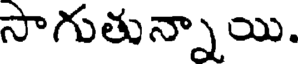
సాగుతున్నాయి.